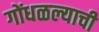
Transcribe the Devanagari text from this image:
गोंधळल्याची